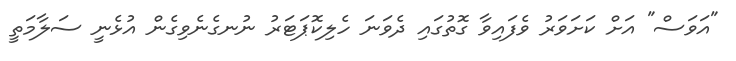
"އަވަސް" އަށް ކަށަވަރު ވެފައިވާ ގޮތުގައި ދެވަނަ ހެލިކޮޕަޓަރު ނުނގެނެވިގެން އުޅެނީ ސަލާމަތީ